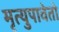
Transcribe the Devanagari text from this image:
मृत्युपावेतो